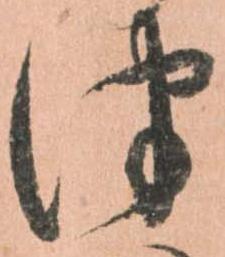
つ